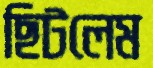
ছিটলেম